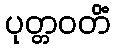
ပုတ္တဝတိံ